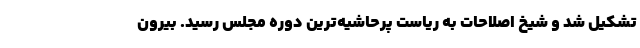
تشکیل شد و شیخ اصلاحات به ریاست پرحاشیه‌ترین دوره مجلس رسید. بیرون